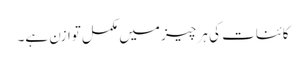
کائنات کی ہر چیز میں مکمل توازن ہے۔